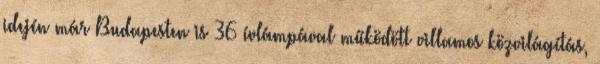
idején már Budapesten is 36 ívlámpával működött villamos közvilágítás,